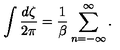
\int { \frac { d \zeta } { 2 \pi } } = { \frac { 1 } { \beta } } \sum _ { n = - \infty } ^ { \infty } .